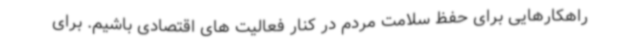
راهکارهایی برای حفظ سلامت مردم در کنار فعالیت های اقتصادی باشیم. برای